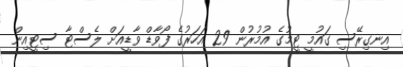
އިނގިރޭސި ގައުމީ ޓީމުގެ އުމުރުން 29 އަހަރުގެ ފޯވާޑް ވާޑީއަށް ލެސްޓާ ސިޓީއިން